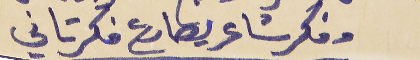
وفكر شاعر يصارع فكر تاني